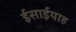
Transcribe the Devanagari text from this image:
ईसाईयाह